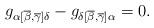
LaTeX: \begin{align*}g_{\alpha [ \overline{\beta},\overline{\gamma}]\delta} -g_{\delta [\overline{\beta},\overline{\gamma}]\alpha} = 0 .\end{align*}